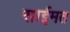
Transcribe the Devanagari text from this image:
साईमत